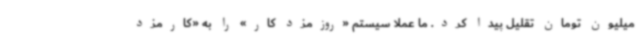
میلیون تومان تقلیل پیدا کرد. ما عملاً سیستم «روزمزد کار» را به «کارمزد